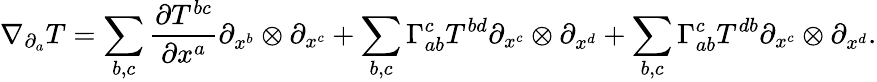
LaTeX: \nabla_{\partial_{a}}T=\sum_{b,c}\frac{\partial T^{bc}}{\partial x^{a}}\partial_{x^{b}}\otimes\partial_{x^{c}}+\sum_{b,c}\Gamma_{ab}^{c}T^{bd}\partial_{x^{c}}\otimes\partial_{x^{d}}+\sum_{b,c}\Gamma_{ab}^{c}T^{db}\partial_{x^{c}}\otimes\partial_{x^{d}}.